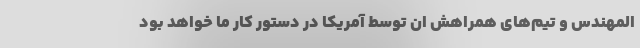
المهندس و تیم‌های همراهش ان توسط آمریکا در دستور کار ما خواهد بود